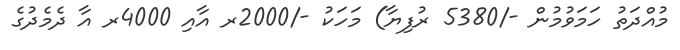
މުއްދަތު ހަމަވުމުން -/5380 ރުފިޔާ) މަހަކު -/2000ރ އާއި 4000ރ އާ ދެމެދުގެ